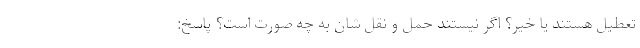
تعطیل هستند یا خیر؟ اگر نیستند حمل و نقل شان به چه صورت است؟ پاسخ: